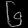
Digit: ၆